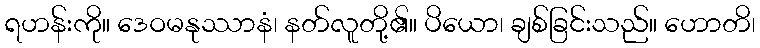
ရဟန်းကို။ ဒေဝမနုဿာနံ၊ နတ်လူတို့၏။ ပိယော၊ ချစ်ခြင်းသည်။ ဟောတိ၊